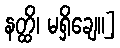
နတ္ထိ၊ မရှိချေ။]